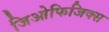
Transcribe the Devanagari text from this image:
जिओफिजिक्स